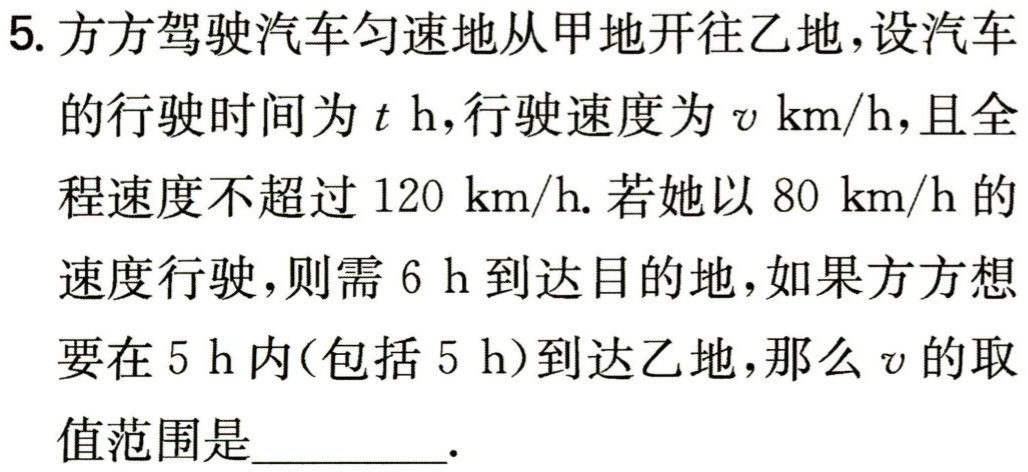
5. 方方驾驶汽车匀速地从甲地开往乙地，设汽车的行驶时间为\(t\ h\)，行驶速度为\(v\ km/h\)，且全程速度不超过\(120\ km/h\). 若她以\(80\ km/h\)的速度行驶，则需\(6\ h\)到达目的地，如果方方想要在\(5\ h\)内(包括\(5\ h\))到达乙地，那么\(v\)的取值范围是_________.